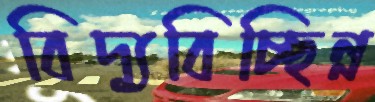
বিদ্যুবিচ্ছিন্ন